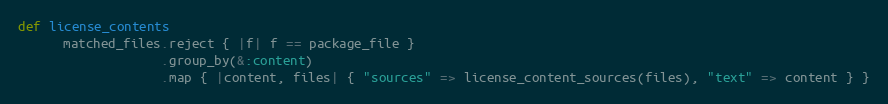
Language: Ruby
def license_contents
      matched_files.reject { |f| f == package_file }
                   .group_by(&:content)
                   .map { |content, files| { "sources" => license_content_sources(files), "text" => content } }